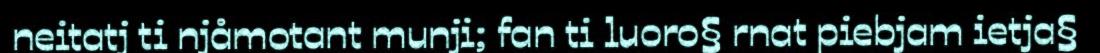
neitatj ti njåmotant munji; fan ti luoro§ rnat piebjam ietja§